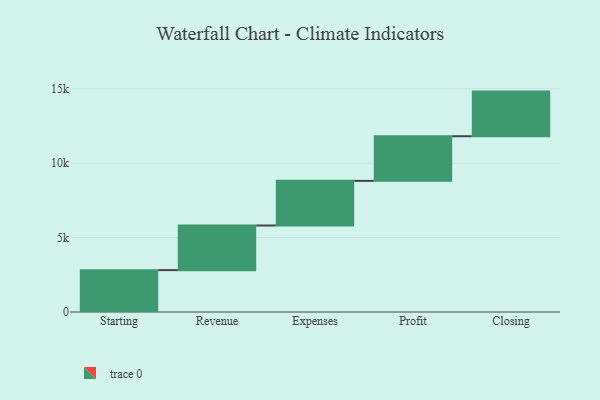
{"axis": {"x": "Step", "y": "Value"}, "legend": [""], "data": [{"x": "Starting", "y": 2814.0, "type": ""}, {"x": "Revenue", "y": 3000, "type": ""}, {"x": "Expenses", "y": 3000, "type": ""}, {"x": "Profit", "y": 3000, "type": ""}, {"x": "Closing", "y": 3000, "type": ""}]}